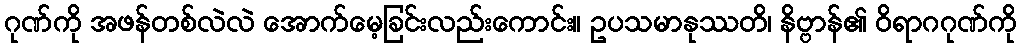
ဂုဏ်ကို အဖန်တစ်လဲလဲ အောက်မေ့ခြင်းလည်းကောင်း။ ဥပသမာနုဿတိ၊ နိဗ္ဗာန်၏ ဝိရာဂဂုဏ်ကို